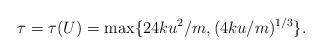
LaTeX: \begin{align*} \tau = \tau(U)= \max\{24ku^2/m, (4ku/m)^{1/3}\}. \end{align*}